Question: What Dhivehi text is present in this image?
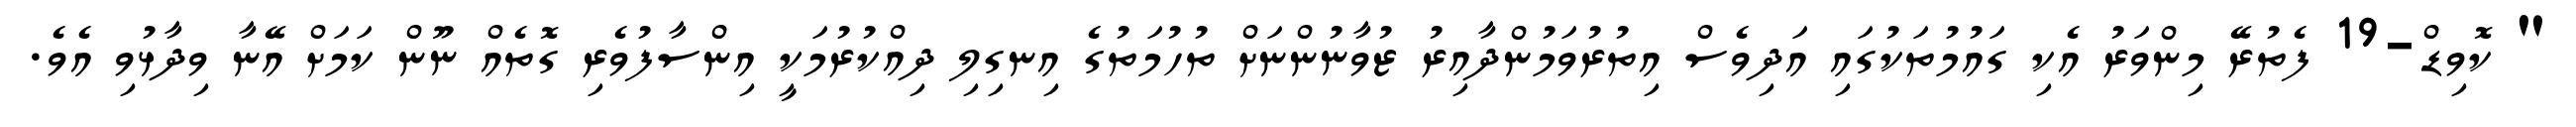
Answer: " ކޮވިޑް-19 ފެތުރޭ މިންވަރު އެކި ގައުމުތަކުގައި އަދިވެސް އިތުރުވަމުންދާއިރު ޒުވާނުންނަށް ތުހުމަތުގެ އިނގިލި ދިއްކުރުމަކީ އިންސާފުވެރި ގޮތެއް ނޫން ކަމަށް އޭނާ ވިދާޅުވި އެވެ.